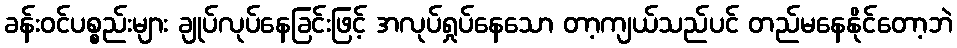
ခန်းဝင်ပစ္စည်းများ ချုပ်လုပ်နေခြင်းဖြင့် အလုပ်ရှုပ်နေသော တာ့ကျယ်သည်ပင် တည်မနေနိုင်တော့ဘဲ